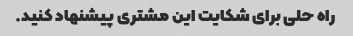
راه حلی برای شکایت این مشتری پیشنهاد کنید.